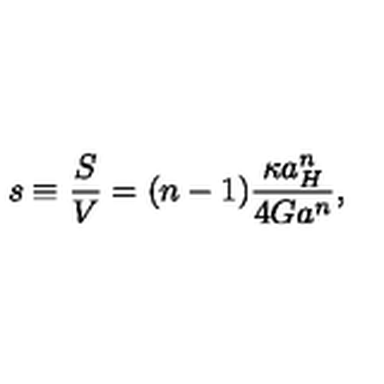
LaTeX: s \equiv { \frac { S } { V } } = ( n - 1 ) { \frac { \kappa a _ { H } ^ { n } } { 4 G a ^ { n } } } ,